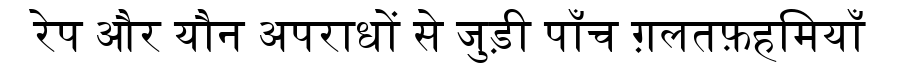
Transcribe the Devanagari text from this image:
रेप और यौन अपराधों से जुड़ी पाँच ग़लतफ़हमियाँ